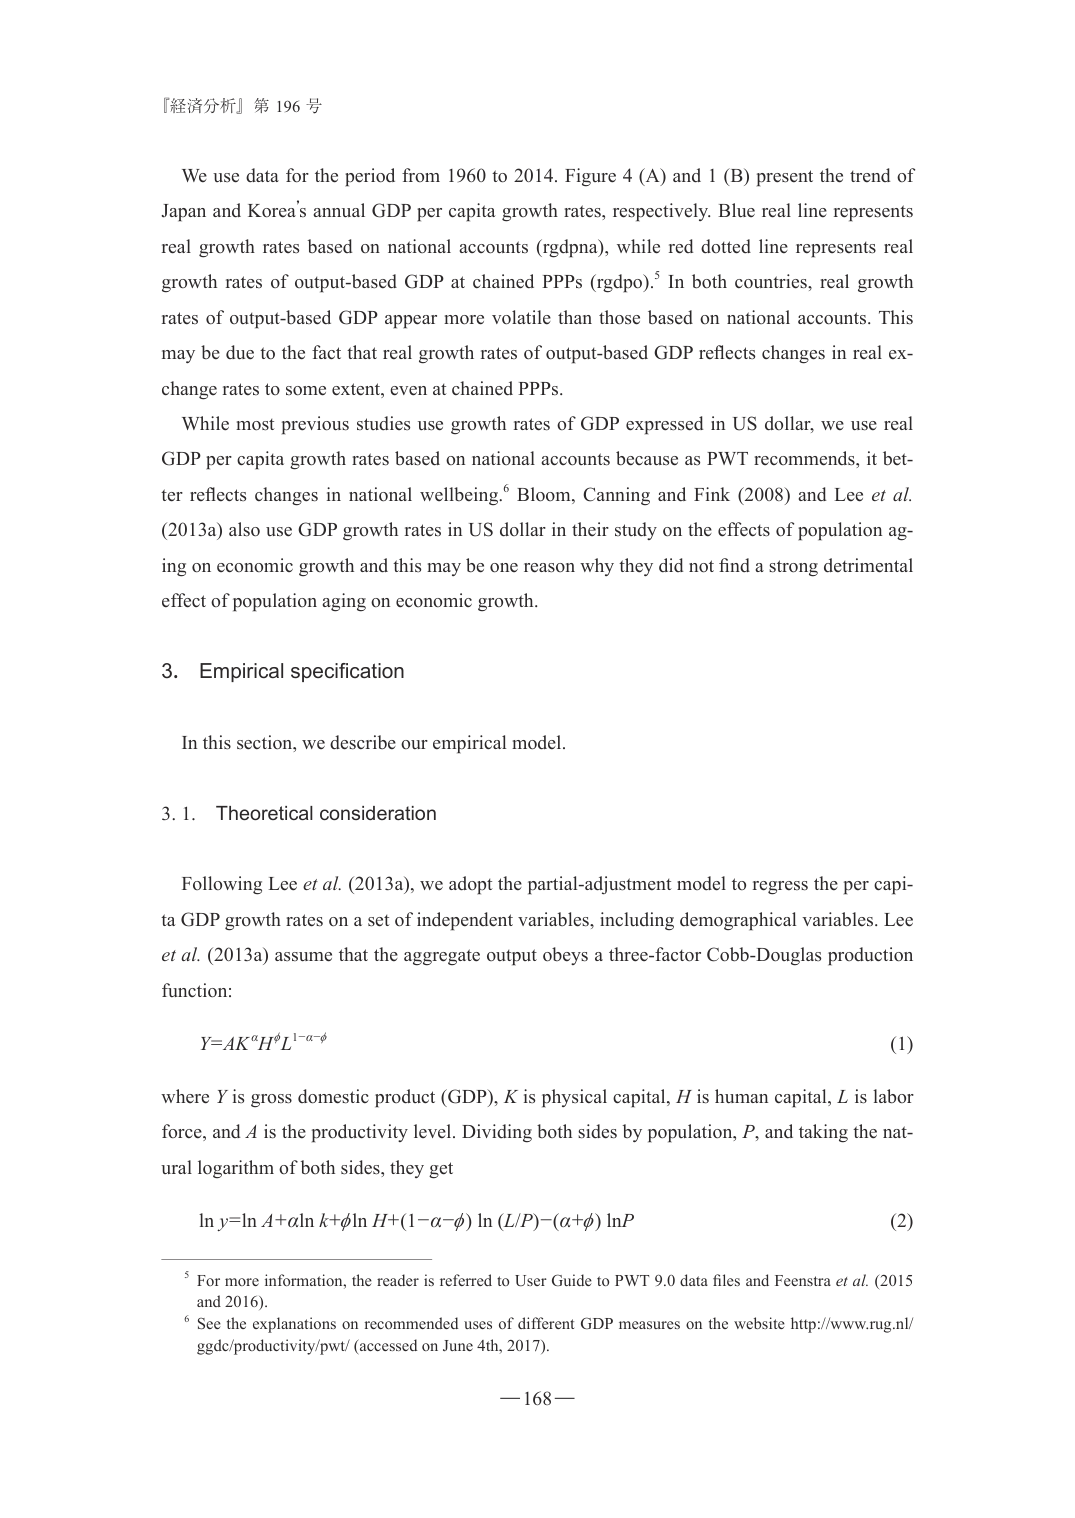
『経済分析』第 196 号

We use data for the period from 1960 to 2014. Figure 4 (A) and 1 (B) present the trend of Japan and Korea’s annual GDP per capita growth rates, respectively. Blue real line represents real growth rates based on national accounts (rgdpna), while red dotted line represents real growth rates of output-based GDP at chained PPPs (rgdpo).⁵ In both countries, real growth rates of output-based GDP appear more volatile than those based on national accounts. This may be due to the fact that real growth rates of output-based GDP reflects changes in real exchange rates to some extent, even at chained PPPs.

While most previous studies use growth rates of GDP expressed in US dollar, we use real GDP per capita growth rates based on national accounts because as PWT recommends, it better reflects changes in national wellbeing.⁶ Bloom, Canning and Fink (2008) and Lee et al. (2013a) also use GDP growth rates in US dollar in their study on the effects of population aging on economic growth and this may be one reason why they did not find a strong detrimental effect of population aging on economic growth.

3. Empirical specification

In this section, we describe our empirical model.

3.1. Theoretical consideration

Following Lee et al. (2013a), we adopt the partial-adjustment model to regress the per capita GDP growth rates on a set of independent variables, including demographical variables. Lee et al. (2013a) assume that the aggregate output obeys a three-factor Cobb-Douglas production function:

Y=AK^αH^φL^(1−α−φ)

where Y is gross domestic product (GDP), K is physical capital, H is human capital, L is labor force, and A is the productivity level. Dividing both sides by population, P, and taking the natural logarithm of both sides, they get

ln y=ln A+α ln k+φ ln H+(1−α−φ) ln (L/P)−(α+φ) ln P

⁵ For more information, the reader is referred to User Guide to PWT 9.0 data files and Feenstra et al. (2015 and 2016).

⁶ See the explanations on recommended uses of different GDP measures on the website http://www.rug.nl/ggdc/productivity/pwt/ (accessed on June 4th, 2017).

— 168 —